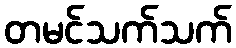
တမင်သက်သက်